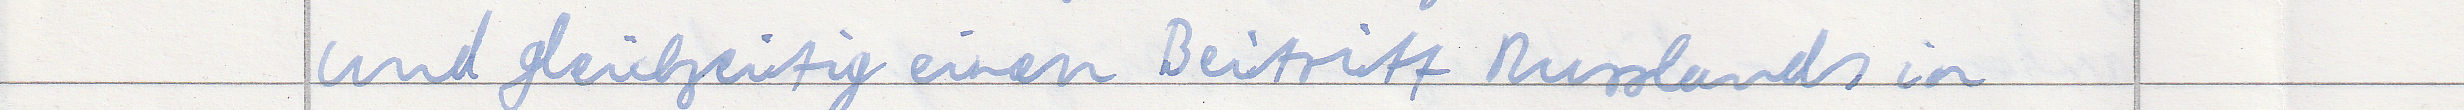
und gleichzeitig einen Beitritt Russlands in